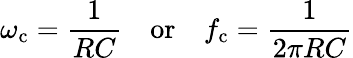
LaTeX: \omega_{\mathrm{c}}={\frac{1}{RC}}\quad{\mathrm{or}}\quad f_{\mathrm{c}}={\frac{1}{2\pi RC}}